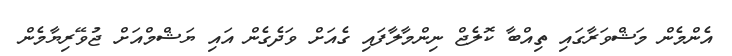
އެންމެން މަޝްވަރާގައި ތިއްބާ ކޮލެޖް ނިންމާލާފައި ގެއަށް ވަދެގެން އައި ޔަޝްމްއަށް ޖުވޭރިޔާމެން